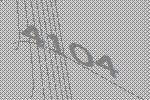
4104